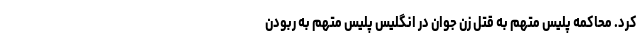
کرد. محاکمه پلیس متهم به قتل زن جوان در انگلیس پلیس متهم به ربودن